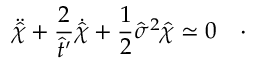
\ddot { \hat { \chi } } + \frac { 2 } { \hat { t } ^ { \prime } } \dot { \hat { \chi } } + \frac { 1 } { 2 } \hat { \sigma } ^ { 2 } \hat { \chi } \simeq 0 \quad \cdot